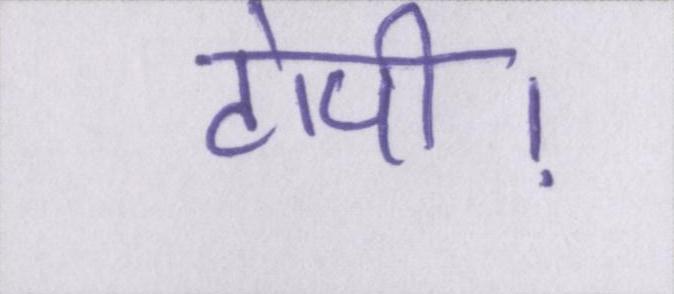
टोपी।